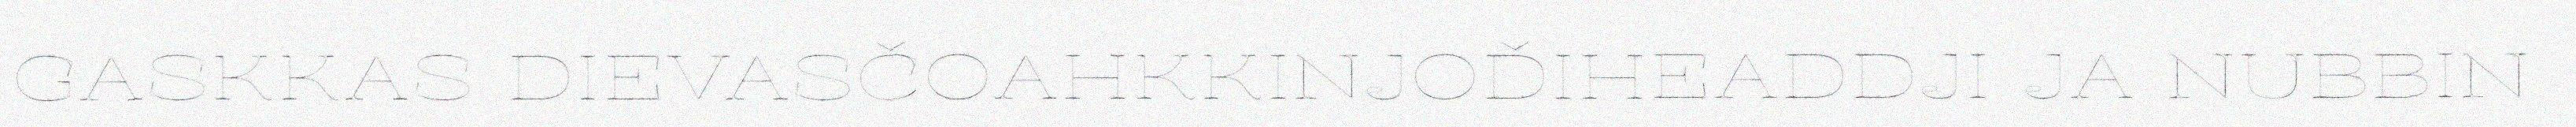
GASKKAS DIEVASČOAHKKINJOĐIHEADDJI JA NUBBIN